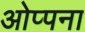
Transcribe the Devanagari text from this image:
ओप्पना